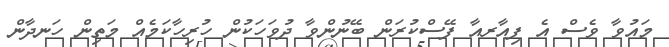
މައުވާ ވެސް އެ ފިއާރއާ ފޭސްކުރަން ބޭނުންވާ ދުވަހަކުން ހުރިހާކަމެއް މަތިން ހަނދާން